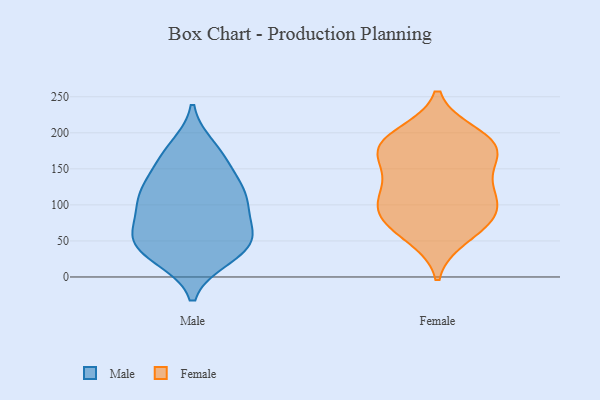
{"axis": {"x": "Market Share (%)", "y": "Value"}, "legend": ["Female", "Male"], "data": [{"x": "", "y": 152, "type": "Male"}, {"x": "", "y": 49, "type": "Male"}, {"x": "", "y": 175, "type": "Male"}, {"x": "", "y": 67, "type": "Male"}, {"x": "", "y": 60, "type": "Male"}, {"x": "", "y": 61, "type": "Male"}, {"x": "", "y": 29, "type": "Male"}, {"x": "", "y": 122, "type": "Male"}, {"x": "", "y": 43, "type": "Male"}, {"x": "", "y": 109, "type": "Male"}, {"x": "", "y": 117, "type": "Male"}, {"x": "", "y": 100, "type": "Male"}, {"x": "", "y": 156, "type": "Male"}, {"x": "", "y": 63, "type": "Male"}, {"x": "", "y": 113, "type": "Male"}, {"x": "", "y": 180, "type": "Male"}, {"x": "", "y": 26, "type": "Male"}, {"x": "", "y": 31, "type": "Male"}, {"x": "", "y": 106, "type": "Male"}, {"x": "", "y": 122, "type": "Female"}, {"x": "", "y": 120, "type": "Female"}, {"x": "", "y": 90, "type": "Female"}, {"x": "", "y": 167, "type": "Female"}, {"x": "", "y": 63, "type": "Female"}, {"x": "", "y": 172, "type": "Female"}, {"x": "", "y": 181, "type": "Female"}, {"x": "", "y": 189, "type": "Female"}, {"x": "", "y": 90, "type": "Female"}, {"x": "", "y": 55, "type": "Female"}, {"x": "", "y": 83, "type": "Female"}, {"x": "", "y": 198, "type": "Female"}, {"x": "", "y": 161, "type": "Female"}, {"x": "", "y": 93, "type": "Female"}, {"x": "", "y": 125, "type": "Female"}, {"x": "", "y": 190, "type": "Female"}]}